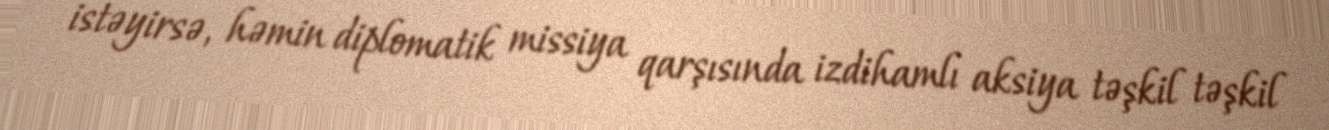
istəyirsə, həmin diplomatik missiya qarşısında izdihamlı aksiya təşkil təşkil